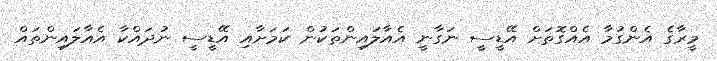
މީރާގެ އެންގުމާ އެއްގޮތަށް އޭޑީސީ ނަގާނީ އެއާލައިންތަކުން ކަމަށާއި އޭޑީސީ ނުދައްކާ އެއާލައިންތައް